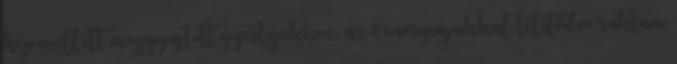
kép mellett meggyújtott gyertyákhoz, az ő energiájukkal telítődve raktam